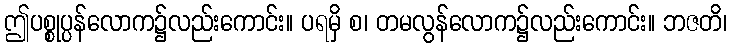
ဤပစ္စုပ္ပန်လောက၌လည်းကောင်း။ ပရမှိ စ၊ တမလွန်လောက၌လည်းကောင်း။ ဘဇတိ၊